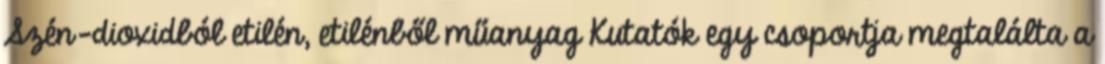
Szén-dioxidból etilén, etilénből műanyag Kutatók egy csoportja megtalálta a